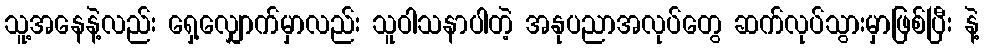
သူ့အနေနဲ့လည်း ရှေ့လျှောက်မှာလည်း သူဝါသနာပါတဲ့ အနုပညာအလုပ်တွေ ဆက်လုပ်သွားမှာဖြစ်ပြီး နဲ့